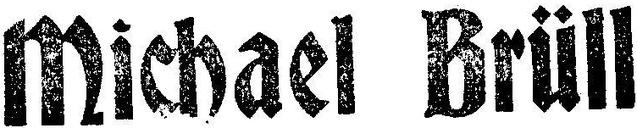
Miechael Brüll